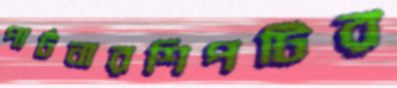
পার্টনারশিপটির